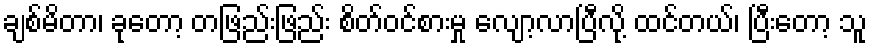
ချစ်မိတာ၊ ခုတော့ တဖြည်းဖြည်း စိတ်ဝင်စားမှု လျော့လာပြီလို့ ထင်တယ်၊ ပြီးတော့ သူ